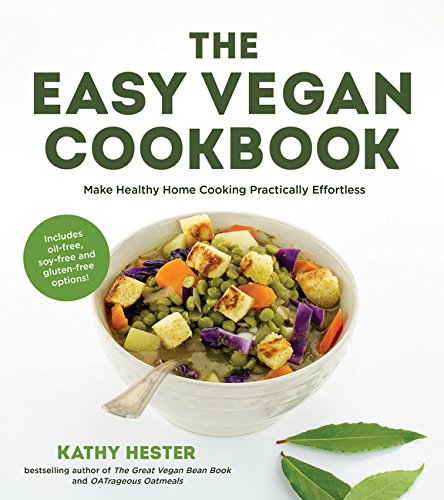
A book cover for The Easy Vegan Cookbook: Make  Healthy  Home Cooking Practically Effortless; Kathy Hester; Cookbooks, Food & Wine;